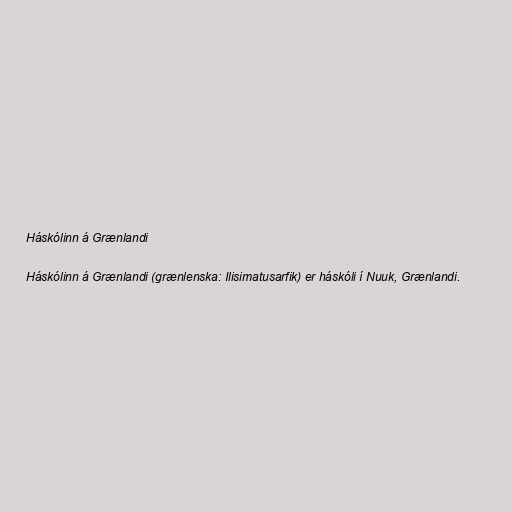
Háskólinn á Grænlandi

Háskólinn á Grænlandi (grænlenska: Ilisimatusarfik) er háskóli í Nuuk, Grænlandi.